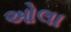
ઓલા